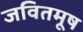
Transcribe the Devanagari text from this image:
जवितमूष